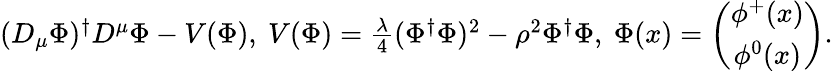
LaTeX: \begin{array}{r}{(D_{\mu}\Phi)^{\dagger}D^{\mu}\Phi-V(\Phi),\ V(\Phi)=\frac{\lambda}{4}(\Phi^{\dagger}\Phi)^{2}-\rho^{2}\Phi^{\dagger}\Phi,\ \Phi(x)=\left(\begin{array}{c}{\phi^{+}(x)}\\ {\phi^{0}(x)}\end{array}\right).}\end{array}